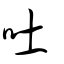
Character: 吐